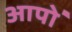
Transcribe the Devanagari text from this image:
आपो॑